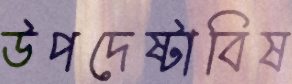
উপদেষ্টাবিষ